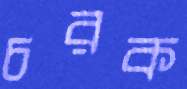
চরক